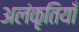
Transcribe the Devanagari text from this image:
अलंकृतियाँ